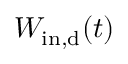
W _ { \mathrm { i n , d } } ( t )